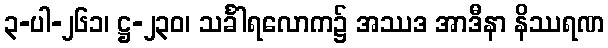
၃-ပါ-၂၆၁၊ ဋ္ဌ-၂၃၀၊ သင်္ခါရလောက၌ အဿဒ အာဒီနာ နိဿရဏ